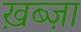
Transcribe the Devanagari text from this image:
ख़ब्ज़ा